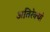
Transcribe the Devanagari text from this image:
अतिरेक्यां